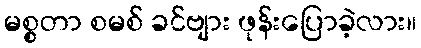
မစ္စတာ စမစ် ခင်ဗျား ဖုန်းပြောခဲ့လား။